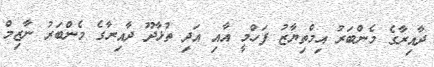
ދާއިރާގެ މެންބަރު އިމްތިޔާޒު ފަހްމީ އާއި އަދި ތުޅާދޫ ދާއިރާގެ މެންބަރު ނާޒިމް